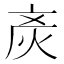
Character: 𰞚